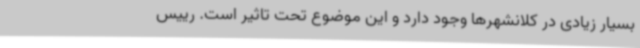
بسیار زیادی در کلانشهرها وجود دارد و این موضوع تحت تاثیر است. رییس